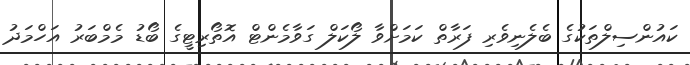
ކައުންސިލްތަކުގެ ބެލެނިވެރި ފަރާތް ކަމަށްވާ ލޯކަލް ގަވާމެންޓް އޮތޯރިޓީގެ ބޯޑު މެމްބަރު އަހްމަދު